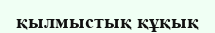
қылмыстық құқық